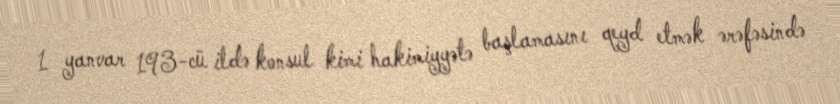
1 yanvar 193-cü ildə konsul kimi hakimiyyətə başlamasını qeyd etmək ərəfəsində